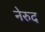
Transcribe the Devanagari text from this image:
नेरुद